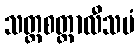
သတ္တစတ္တာလီသမံ